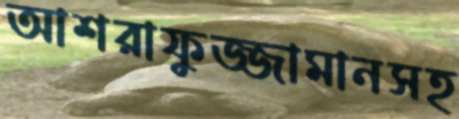
আশরাফুজ্জামানসহ